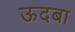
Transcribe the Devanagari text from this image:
ऊदबा